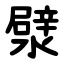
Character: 㵨